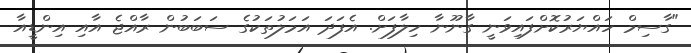
"ގާސިމް ހައްޔަރުކޮށްފައިވަނީ ގާނޫނާ ހިލާފަށް. އެފަދަ އަމަލުތަކުގެ ސަބަބުން ރާއްޖެ އާއި އިންޑީއާ